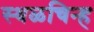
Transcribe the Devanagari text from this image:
स्थळचिन्ह